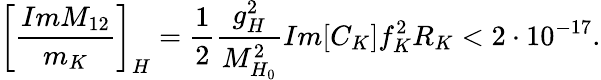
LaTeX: \biggl[\frac{Im{M}_{12}}{m_{K}}\biggr]_{H}=\frac{1}{2}\frac{g_{H}^{2}}{M_{H_{0}}^{2}}Im[C_{K}]f_{K}^{2}R_{K}<2\cdot 10^{-17}.